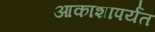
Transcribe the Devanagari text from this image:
आकाशापर्यंत